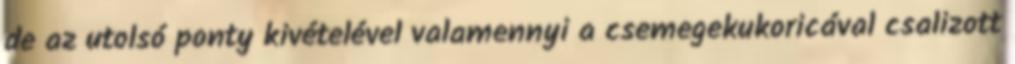
de az utolsó ponty kivételével valamennyi a csemegekukoricával csalizott